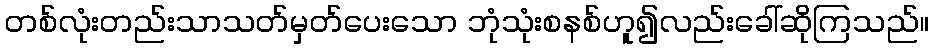
တစ်လုံးတည်းသာသတ်မှတ်ပေးသော ဘုံသုံးစနစ်ဟူ၍လည်းခေါ်ဆိုကြသည်။